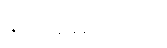
နာဂမေထာတိ